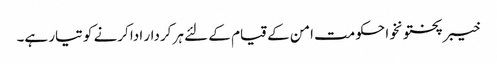
خیبرپختونخوا حکومت امن کے قیام کے لئے ہر کردار ادا کرنے کو تیار ہے۔